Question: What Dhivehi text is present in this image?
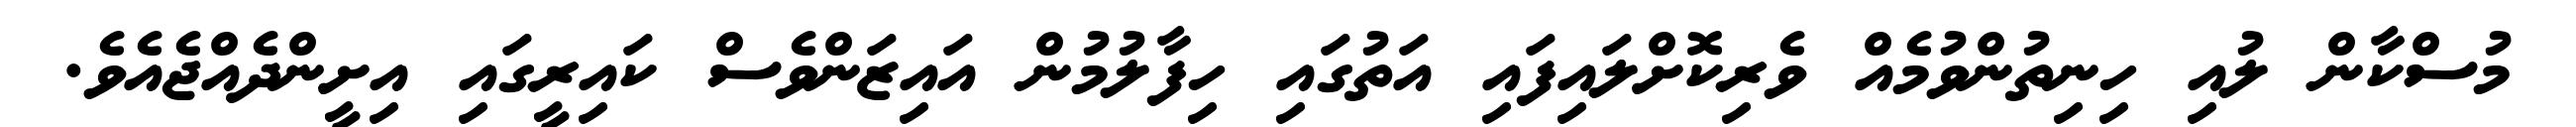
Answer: މުސްކާން ލުއި ހިނިތުންވުމެއް ވެރިކޮށްލައިފައި އަތުގައި ހިފާލުމުން އައިޒަންވެސް ކައިރީގައި އިށީންދެއްޖެއެވެ.